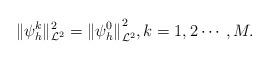
LaTeX: \begin{align*}{\displaystyle \|\psi_{h}^{k}\|_{\mathcal{L}^2}^{2}={\|\psi_{h}^{0}\|}_{\mathcal{L}^2}^{2},k=1,2\cdots, M.}\end{align*}